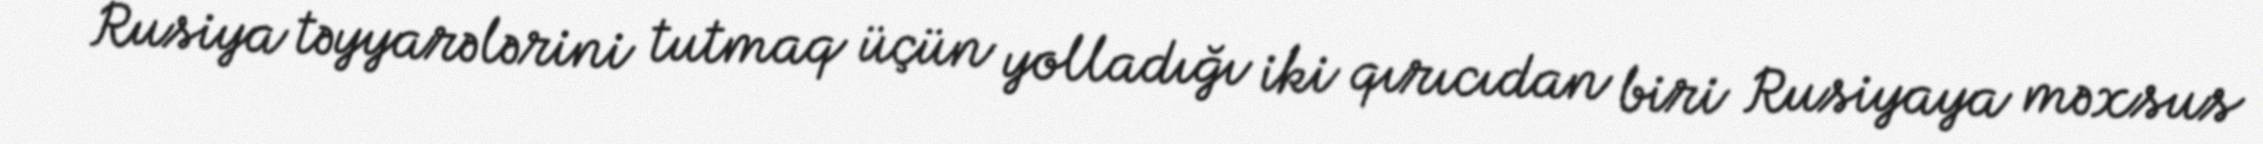
Rusiya təyyarələrini tutmaq üçün yolladığı iki qırıcıdan biri Rusiyaya məxsus